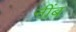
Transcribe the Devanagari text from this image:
नींब